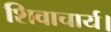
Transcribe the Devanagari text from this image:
शिवाचार्य।